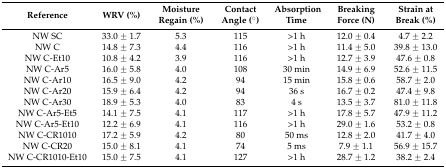
| Reference | WRV (%) | Moisture Regain (%) | Contact Angle (°) | Absorption Time | Breaking Force (N) | Strain at Break (%) |
 | --- | --- | --- | --- | --- | --- | --- |
 | NW SC | 33.0 ± 1.7 | 5.3 | 115 | >1 h | 12.0 ± 0.4 | 4.7 ± 2.2 |
 | NW C | 14.8 ± 7.3 | 4.4 | 116 | >1 h | 11.4 ± 5.0 | 39.8 ± 13.0 |
 | NW C-Et10 | 10.8 ± 4.2 | 3.9 | 116 | >1 h | 12.7 ± 3.9 | 47.6 ± 0.8 |
 | NW C-Ar5 | 16.0 ± 5.8 | 4.0 | 108 | 30 min | 14.9 ± 6.9 | 52.6 ± 11.5 |
 | NW C-Ar10 | 16.5 ± 9.0 | 4.2 | 94 | 15 min | 15.8 ± 0.6 | 58.7 ± 2.0 |
 | NW C-Ar20 | 15.9 ± 6.4 | 4.2 | 94 | 36 s | 16.7 ± 0.2 | 47.4 ± 9.8 |
 | NW C-Ar30 | 18.9 ± 5.3 | 4.0 | 83 | 4 s | 13.5 ± 3.7 | 81.0 ± 11.8 |
 | NW C-Ar5-Et5 | 14.1 ± 7.5 | 4.1 | 117 | >1 h | 17.8 ± 5.7 | 47.9 ± 11.2 |
 | NW C-Ar5-Et10 | 12.2 ± 6.9 | 4.1 | 116 | >1 h | 29.0 ± 1.6 | 53.2 ± 0.8 |
 | NW C-CR1010 | 17.2 ± 5.9 | 4.2 | 80 | 50 ms | 12.8 ± 2.0 | 41.7 ± 4.0 |
 | NW C-CR20 | 15.0 ± 8.1 | 4.1 | 74 | 5 ms | 7.9 ± 1.1 | 56.9 ± 15.7 |
 | NW C-CR1010-Et10 | 15.0 ± 7.5 | 4.1 | 127 | >1 h | 28.7 ± 1.2 | 38.2 ± 2.4 |